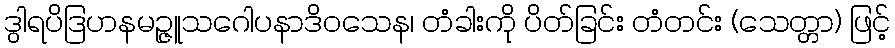
ဒွါရပိဒြဟနမဉ္ဇူသဂေါပနာဒိဝသေန၊ တံခါးကို ပိတ်ခြင်း တံတင်း (သေတ္တာ) ဖြင့်